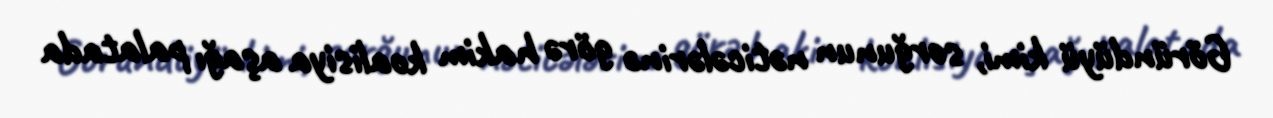
Göründüyü kimi, sorğunun nəticələrinə görə hakim koalisiya aşağı palatada